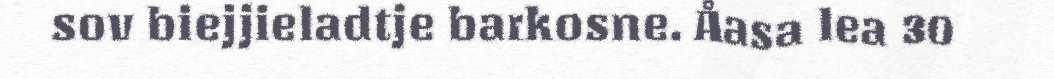
sov biejjieladtje barkosne. Åasa lea 30